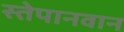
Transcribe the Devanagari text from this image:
स्तेपानवान